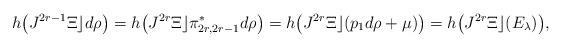
LaTeX: \begin{gather*}h\big(J^{2r-1}\Xi\rfloor d\rho\big)=h\big(J^{2r}\Xi\rfloor\pi^*_{2r,2r-1}d\rho\big)=h\big(J^{2r}\Xi\rfloor (p_1d\rho+\mu)\big) = h\big(J^{2r}\Xi\rfloor (E_\lambda)\big),\end{gather*}